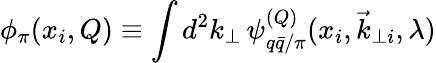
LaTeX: \phi_{\pi}(x_{i},Q)\equiv\int d^{2}k_{\perp}\, \psi_{q\bar{q}/\pi}^{(Q)}(x_{i},\vec{k}_{\perp i},\lambda)